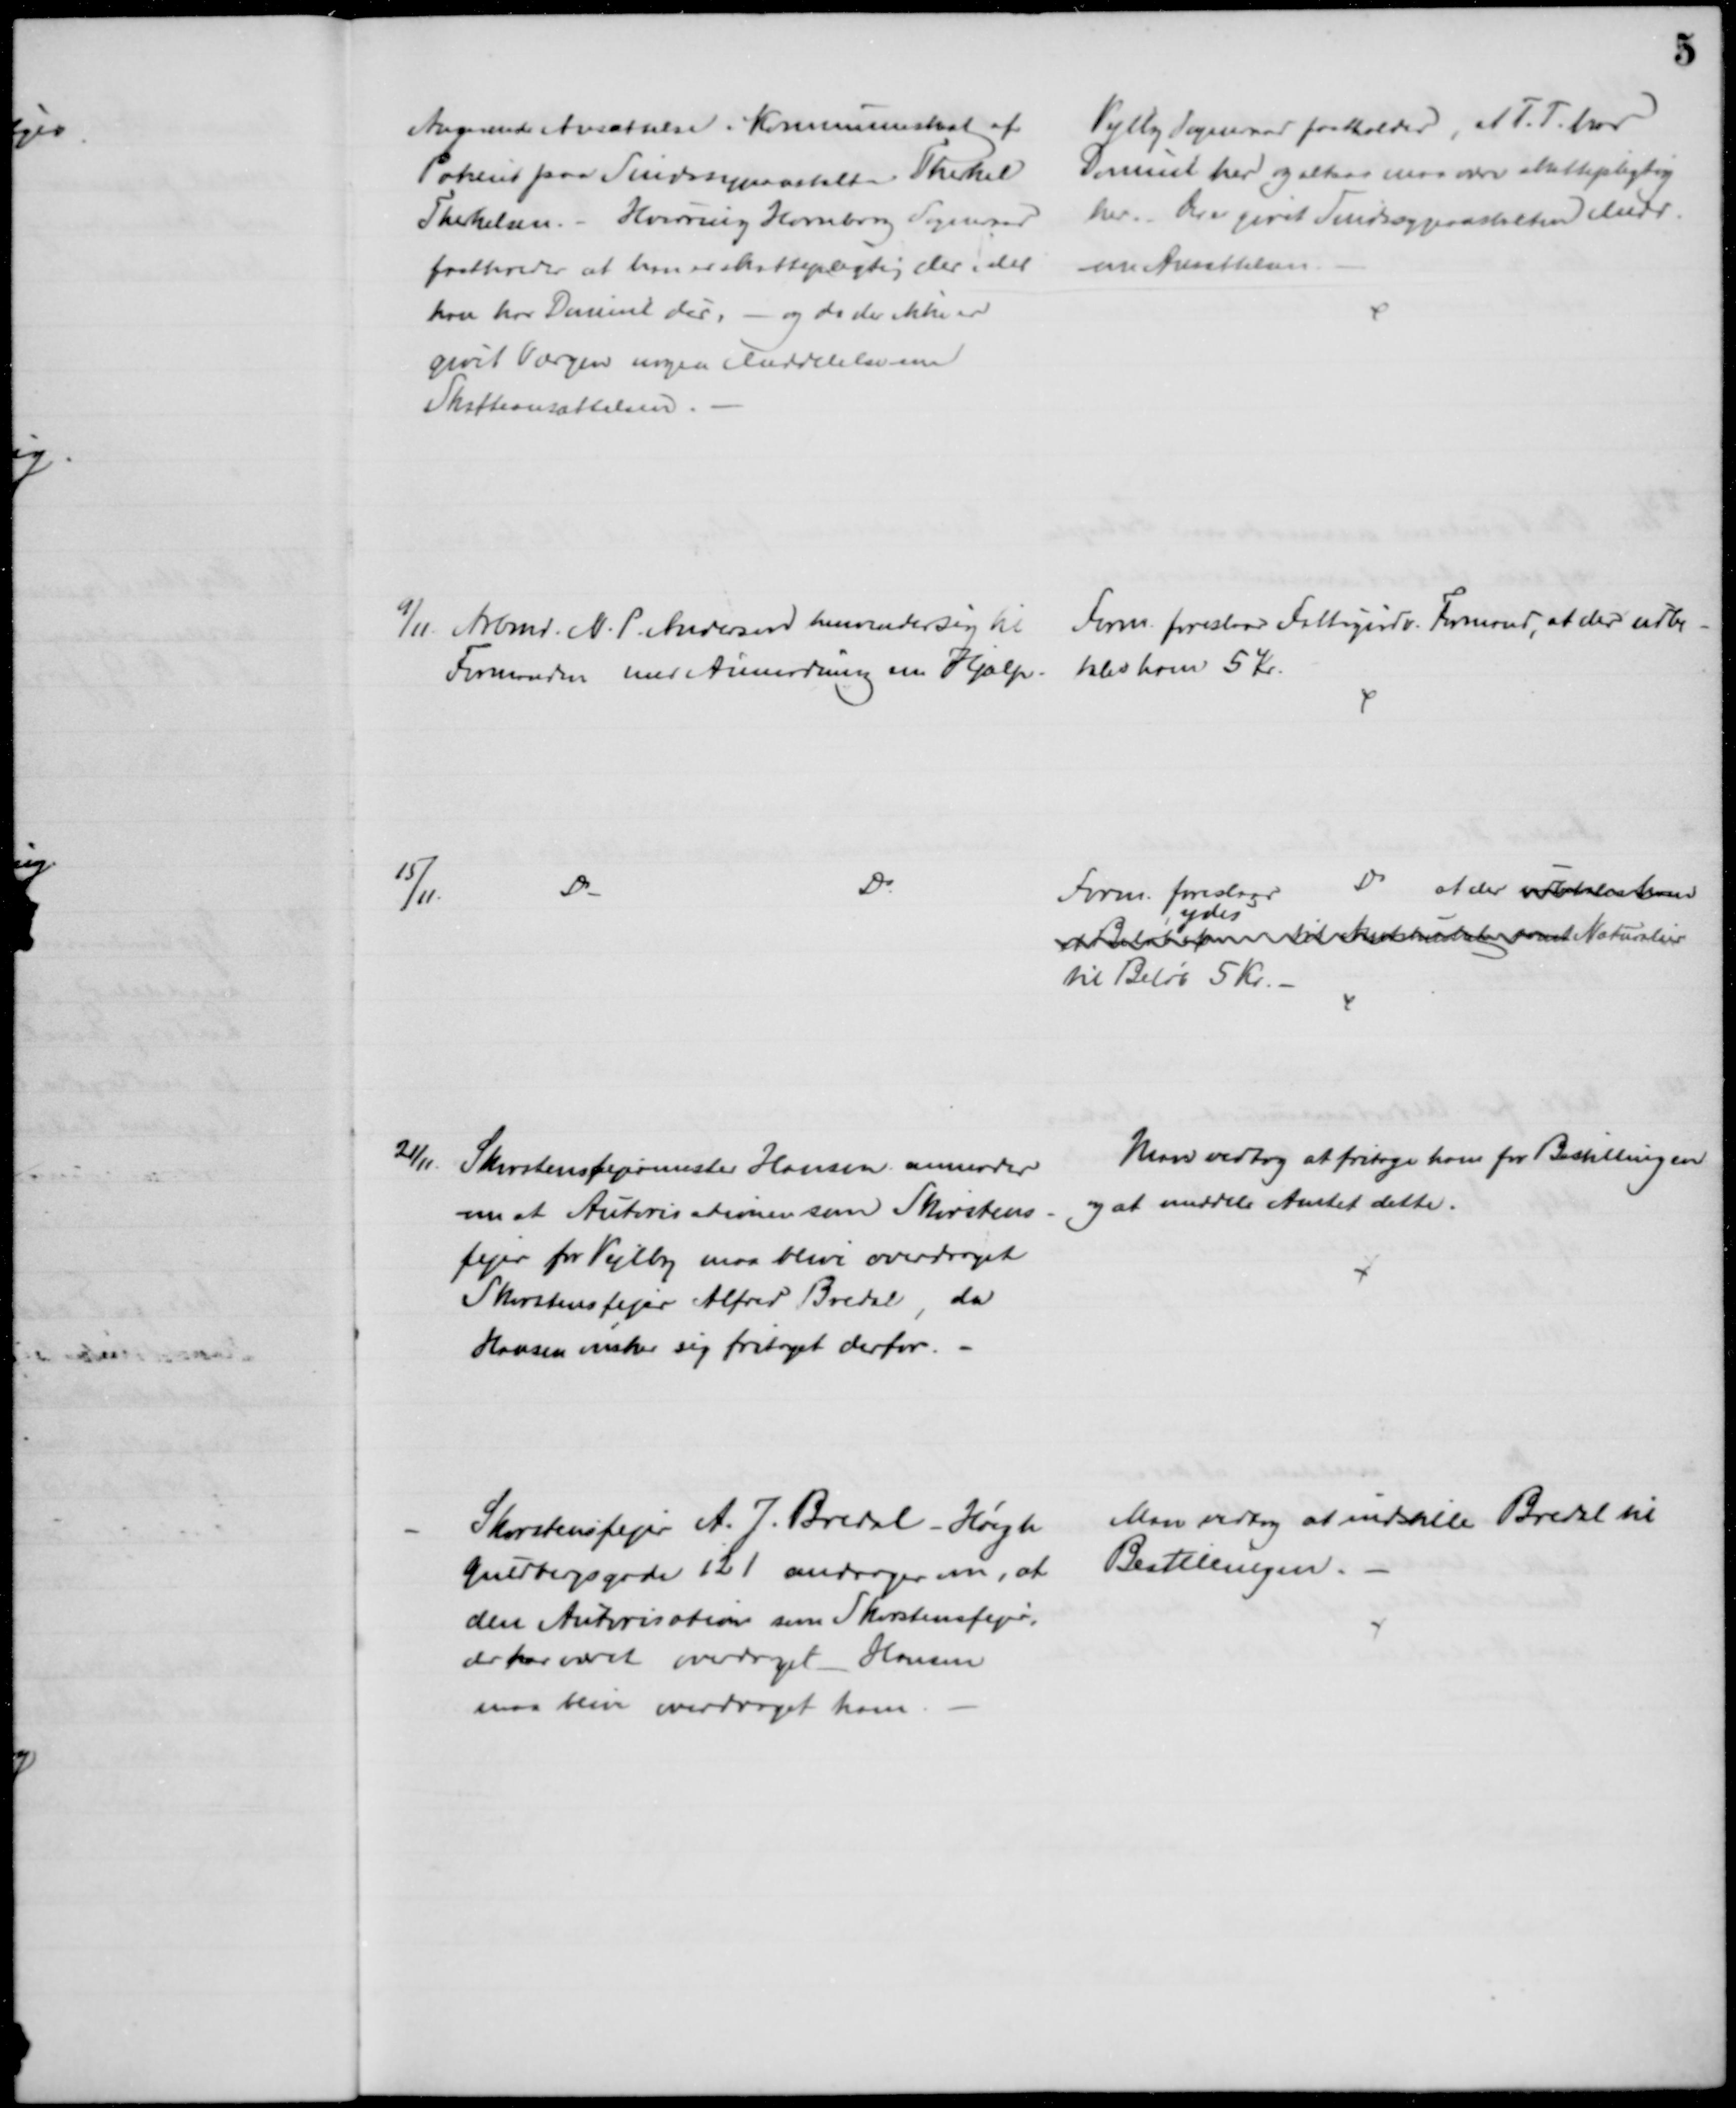
Transskription:
Angaaende Ansættelse i Kommuneskat af
Patient paa Sindssygeastalten Therkel
Therkelsen. - Hvirring Hornborg Sogneraad
fastholder at han er skattepligtig der idet 
kan har Dormit der, - og da der ikke er
givet Værgen nogen Meddelelse om
Skatteansættelsen.
Vejlby Sogneraad fastholder, at T. T. har
Dormit her og at han maa være skattepligtig
her. Overgivet Sindssygeanstalten Medd.
om Ansættelsen.
9/11. Arbmd. N. P. Andersen henvender sig til 
Formanden med Anmodning om Hjælp 
Form. foreslaar Fattigudv. Formand, at der udbe-
les ham 5 Kr.
15/11.
Do
Do
Form. foreslaar
Do at der udbetales ham
et Beløb for til  samt
ydes
Naturalier
til Beløb 5 Kr.
21/11. Skorstensfejermester Hansen anmoder
om at Autorisationen som Skorstens-
fejer for Vejlby maa blive overdraget
Skorstensfejer Alfred Bredal, da
Hansen ønsker sig fritaget derfor.
Man vedtog at fritage ham for Bestillingen
og at meddele Amtet dette.
Skorstensfejer A. J. Bredal - Høegh
Guldbergsgade 121 andrager om, at
den Autorisation som Skorstensfejer,
der har været overdraget Hansen
maa blive overdraget ham.
Man vedtog at indstille Bredal til 
Bestillingen.